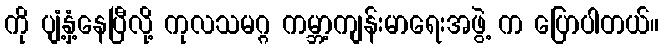
ကို ပျံ့နှံ့နေပြီလို့ ကုလသမဂ္ဂ ကမ္ဘာ့ကျန်းမာရေးအဖွဲ့ က ပြောပါတယ်။